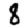
Digit: 8